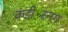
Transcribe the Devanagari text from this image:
कंडीस्निंग